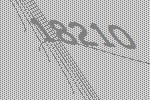
18210